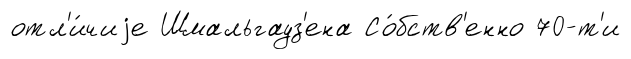
отл'и́чиjе Шмальгауз'ена Со́бств'енно 70-т'и